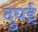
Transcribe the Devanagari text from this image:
दुघई